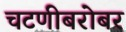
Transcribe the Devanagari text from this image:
चटणीबरोबर